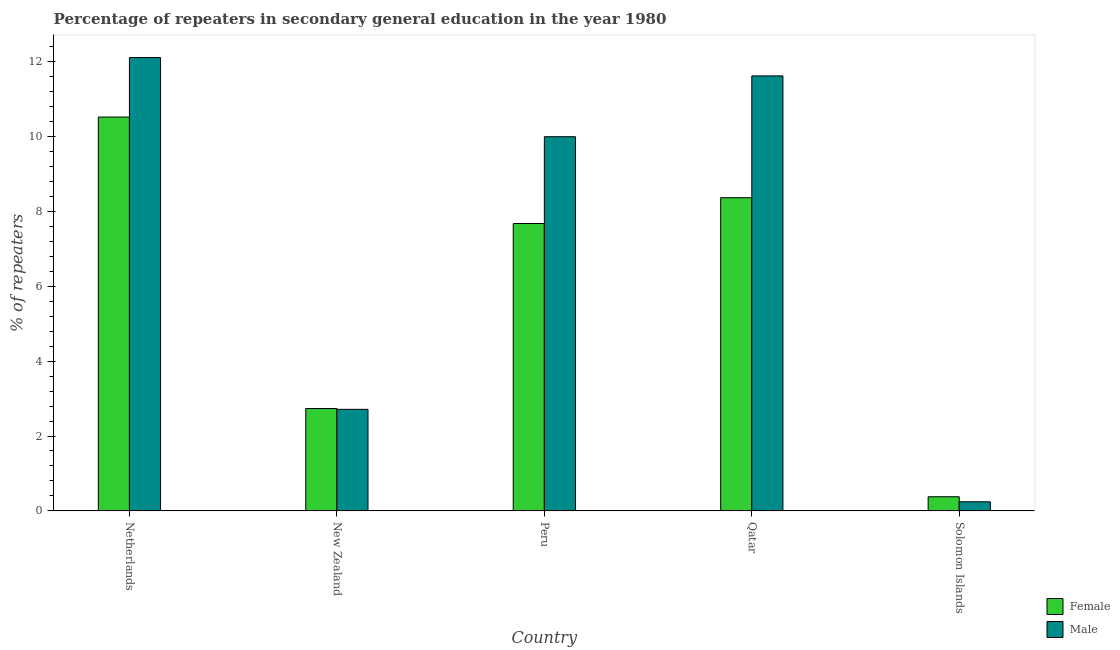
| Country | Female | Male |
 | --- | --- | --- |
 | Netherlands | 10.5 | 12.1 |
 | New Zealand | 2.73 | 2.71 |
 | Peru | 7.68 | 10 |
 | Qatar | 8.37 | 11.6 |
 | Solomon Islands | 0.376 | 0.242 |